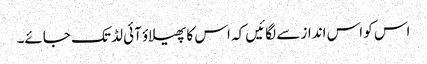
اس کو اس انداز سے لگائیں کہ اس کا پھیلاؤ آئی لڈ تک جائے۔